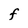
Character: F